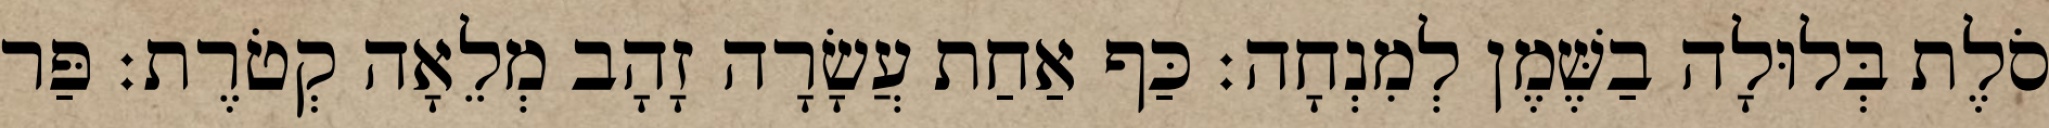
סֹלֶת בְּלוּלָה בַשֶּׁמֶן לְמִנְחָה׃ כַּף אַחַת עֲשָׂרָה זָהָב מְלֵאָה קְטֹרֶת׃ פַּר